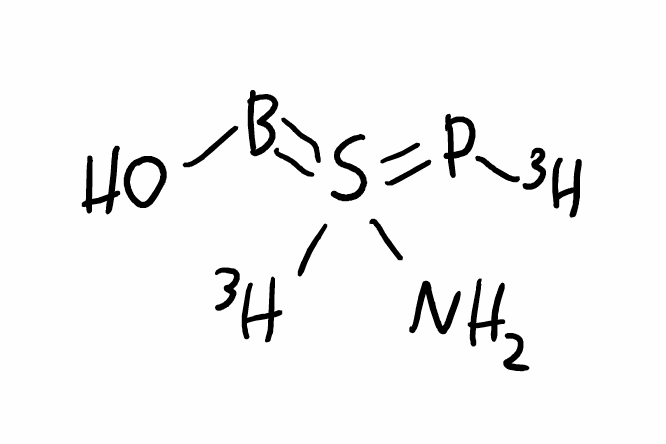
Simplified molecular-input line-entry system (SMILES) notation of the given molecule:
[3H]P=S(=BO)([3H])N